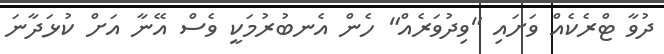
ދުވާ ޓްރެކެއް ވަށައި "ވިދުވަރެއް" ހެން އެނބުރުމަކީ ވެސް އޭނާ އަށް ކުޅަދާނަ